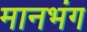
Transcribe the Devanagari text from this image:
मानभंग